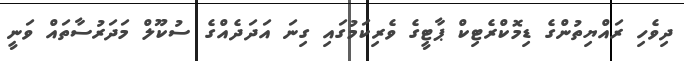
ދިވެހި ރައްޔިތުންގެ ޑިމޮކްރެޓިކް ޕާޓީގެ ވެރިކަމުގައި ގިނަ އަދަދެއްގެ ސުކޫލް މަދަރުސާތައް ވަނީ